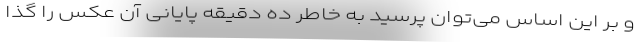
و بر این اساس می‌توان پرسید به خاطر ده دقیقه پایانی آن عکس را گذا